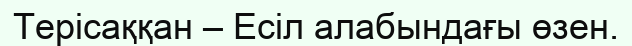
Терісаққан – Есіл алабындағы өзен.